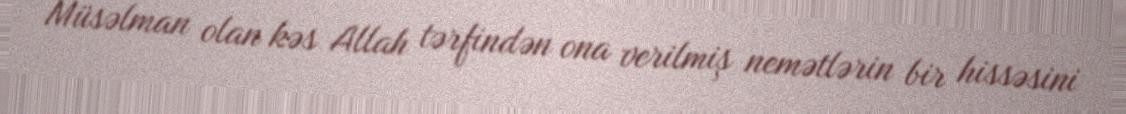
Müsəlman olan kəs Allah tərfindən ona verilmiş nemətlərin bir hissəsini